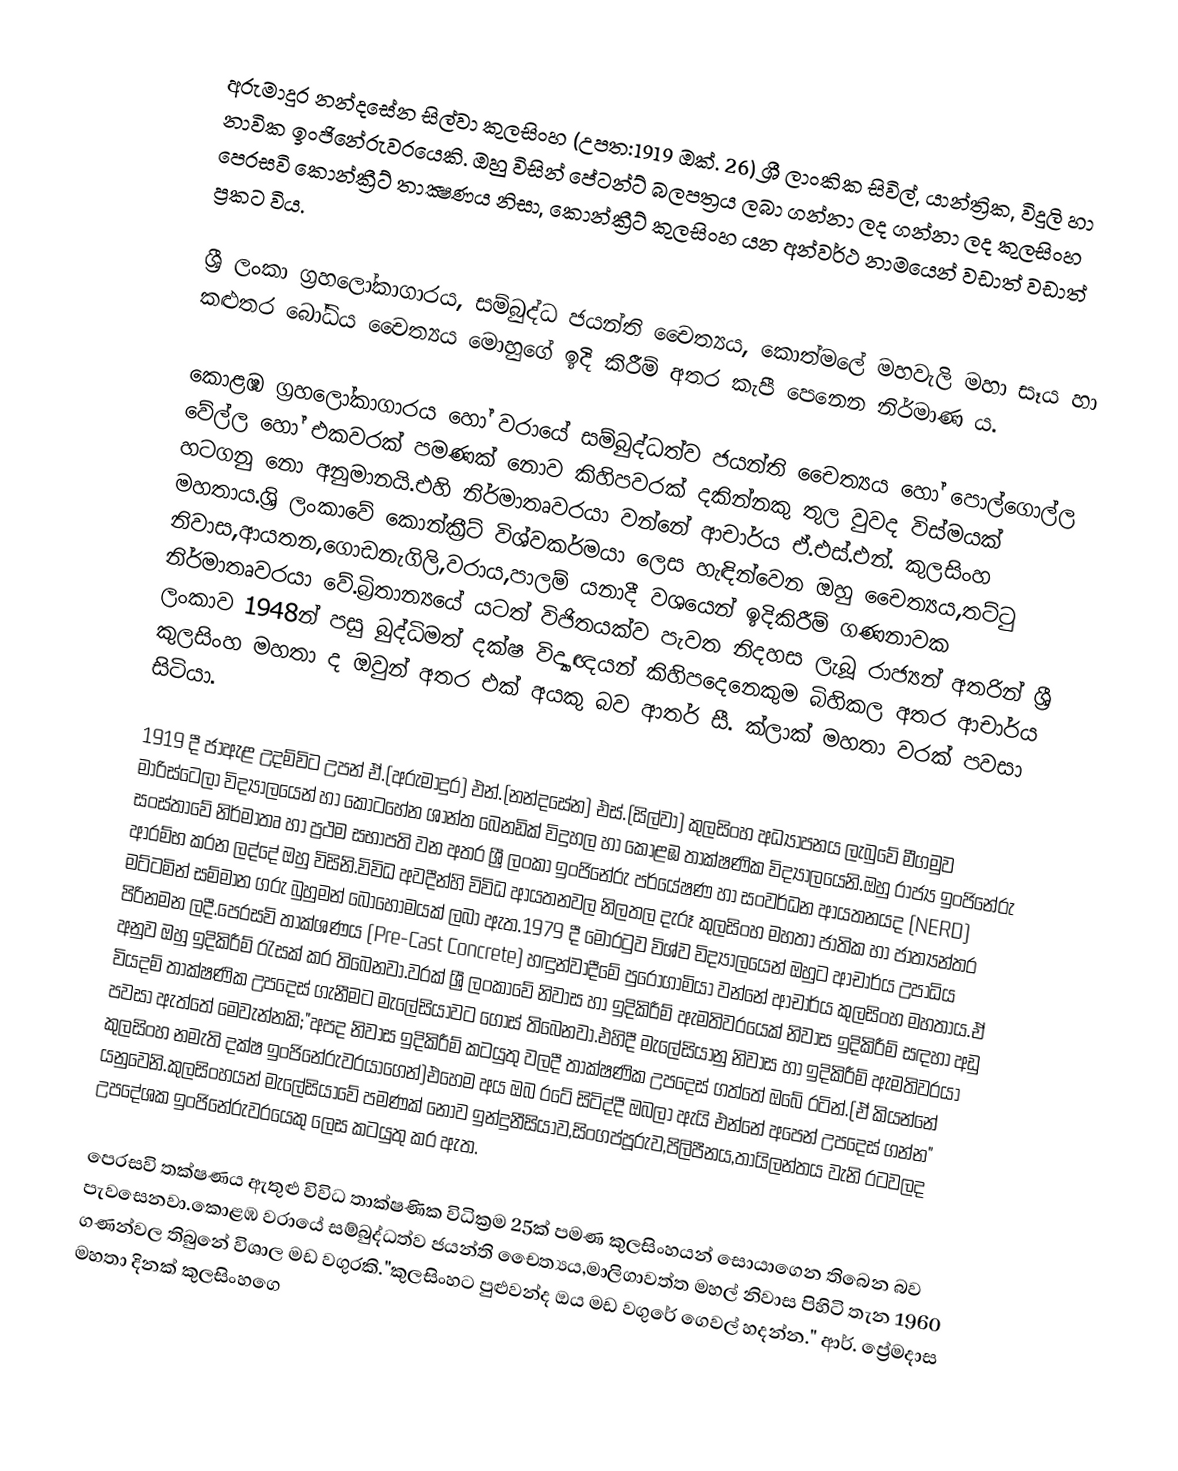
අරුමාදුර නන්දසේන සිල්වා කුලසිංහ  (උපත​:1919 ඔක්. 26) ශ්‍රී ලාංකික සිවිල්, යාන්ත්‍රික​, විදුලි හා නාවික ඉංජිනේරුවරයෙකි. ඔහු විසින් පේටන්ට් බලපත්‍රය ලබා ගන්නා ලද​ ගන්නා ලද කුලසිංහ පෙරසවි කොන්ක්‍රීට් තාක්‍ෂණය නිසා, කොන්ක්‍රීට් කුලසිංහ යන අන්වර්ථ නාමයෙන් වඩාත් වඩාත් ප්‍රකට විය​.

ශ්‍රී ලංකා ග්‍රහලෝකාගාරය, සම්බුද්ධ ජයන්ති චෛත්‍යය​, කොත්මලේ මහවැලි මහා සෑය හා කළුතර බෝධිය චෛත්‍යය මොහුගේ ඉදි කිරීම් අතර කැපී පෙනෙන නිර්මාණ ය.

කොළඹ ග්‍රහලෝකාගාරය හෝ වරායේ සම්බුද්ධත්ව ජයන්ති චෛත්‍යය හෝ පොල්ගොල්ල වේල්ල හෝ එකවරක් පමණක් නොව කිහිපවරක් දකින්නකු තුල වුවද විස්මයක් හටගනු නො අනුමානයි.එහි නිර්මාතෘවරයා වන්නේ ආචාර්ය ඒ.එස්.එන්. කුලසිංහ මහතාය.ශ්‍රි ලංකාවේ කොන්ක්‍රීට් විශ්වකර්මයා ලෙස හැඳින්වෙන ඔහු චෛත්‍යය,තට්‍ටු නිවාස,ආයතන,ගොඩනැගිලි,වරාය,පාලම් යනාදී වශයෙන් ඉදිකිරීම් ගණනාවක නිර්මාතෘවරයා වේ.බ්‍රිතාන්‍යයේ යටත් විජිතයක්ව පැවත නිදහස ලැබූ රාජ්‍යන් අතරින් ශ්‍රී ලංකාව 1948න් පසු බුද්ධිමත් දක්ෂ විද්‍යාඥයන් කිහිපදෙනෙකුම බිහිකල අතර ආචාර්ය කුලසිංහ මහතා ද ඔවුන් අතර එක් අයකු බව ආතර් සී. ක්ලාක් මහතා වරක් පවසා සිටියා.

1919 දී ජාඇළ උදම්විට උපන් ඒ.(අරුමාදුර) එන්.(නන්දසේන) එස්.(සිල්වා) කුලසිංහ අධ්‍යාපනය ලැබුවේ මීගමුව මාරිස්ටෙලා විද්‍යාලයෙන් හා කොටහේන ශාන්ත බෙනඩික් විදුහල හා කොළඹ තාක්ෂණික විද්‍යාලයෙනි.ඔහු රාජ්‍ය ඉංජිනේරු සංස්තාවේ නිර්මාතෘ  හා ප්‍රථම සභාපති වන අතර ශ්‍රී ලංකා ඉංජිනේරු පර්යේෂණ හා සංවර්ධන ආයතනයද (NERD) ආරම්භ කරන ලද්දේ ඔහු විසිනි.විවිධ අවදීන්හි විවිධ ආයතනවල නිලතල දැරූ කුලසිංහ මහතා ජාතික හා ජාත්‍යන්තර මට්ටමින් සම්මාන ගරු බුහුමන් බොහෝමයක් ලබා ඇත.1979 දී මොර‍ටුව විශ්ව විද්‍යාලයෙන් ඔහුට ආචාර්ය උපාධිය පිරිනමන ලදී.පෙරසවි තාක්ශණය (Pre-Cast Concrete) හඳුන්වාදීමේ පුරෝගාමියා වන්නේ ආචාර්ය කුලසිංහ මහතාය.ඒ අනුව ඔහු ඉදිකිරීම් ‍රැසක් කර තිබෙනවා.වරක් ශ්‍රී ලංකාවේ නිවාස හා ඉදිකිරීම් ඇමතිවරයෙක් නිවාස ඉදිකිරීම් සඳහා අඩු වියදම් තාක්ෂණික උපදෙස් ගැනීමට මැලේසියාවට ගොස් තිබෙනවා.එහිදී මැලේසියානු නිවාස හා ඉදිකිරීම් ඇමතිවරයා පවසා ඇත්තේ මෙවැන්නකි;"අපද නිවාස ඉදිකිරීම් කටයුතු වලදී තාක්ෂණික උපදෙස් ගත්තේ ඔබේ රටින්.(ඒ කියන්නේ කුලසිංහ නමැති දක්ෂ ඉංජිනේරුවරයාගෙන්)එහෙම අය ඔබ රටේ සිටිද්දී ඔබලා ඇයි එන්නේ අපෙන් උපදෙස් ගන්න" යනුවෙනි.කුලසිංහයන් මැලේසියාවේ පමණක් නොව ඉන්දුනීසියාව,සිංගප්පූරුව,පිලිපීනය,තායිලන්තය වැනි රටවලද උපදේශක ඉංජිනේරුවරයෙකු ලෙස කටයුතු කර ඇත.

පෙරසවි තක්ෂණය ඇතුළු  විවිධ තාක්ෂණික විධික්‍රම 25ක් පමණ කුලසිංහයන් සොයාගෙන තිබෙන බව පැවසෙනවා.කොළඹ වරායේ සම්බුද්ධත්ව ජයන්ති චෛත්‍යය,මාලිගාවත්ත මහල් නිවාස පිහිටි තැන 1960 ගණන්වල තිබුනේ විශාල මඩ වගුරකි."කුලසිංහට පුළුවන්ද ඔය මඩ වගුරේ ගෙවල් හදන්න." ආර්. ප්‍රේමදාස මහතා දිනක් කුලසිංහගෙ